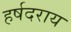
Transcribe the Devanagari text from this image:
हर्षदराय